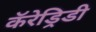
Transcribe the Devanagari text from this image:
कॅरेड्रिडी